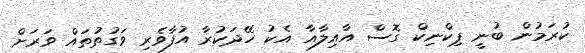
ކުރަމުން ބުނީ ޕިކްނިކް ގޮސް އާއިލާއާ އެކު ހޭދަކުރާ އުފާވެރި ވަގުތުތައް ވަރަށް